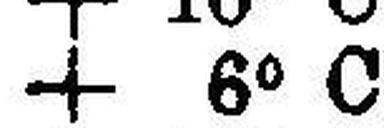
+ 6° C